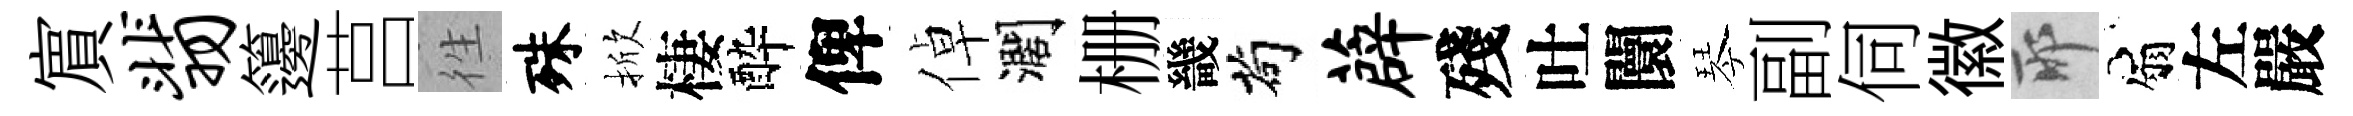
賔翡籩莒徃殊掀棲酔俾倬濶栅畿茍薜殘吐闤琴副伺徽耶扇左嚴